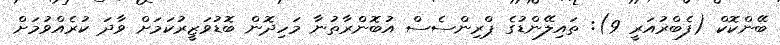
ބޭންކޮކް (ފެބްރުއަރީ 9): ތައިލޭންޑުގެ ޕްރިންސެސް އުބޮންރާތުނާ މަހިދޮން ބޮޑުވަޒީރުކަމަށް ވާދަ ކުރެއްވުމަށް